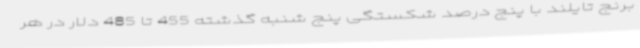
برنج تایلند با پنج درصد شکستگی پنج شنبه گذشته 455 تا 485 دلار در هر